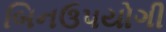
બિનઉપયોગી